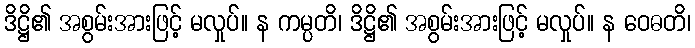
ဒိဋ္ဌိ၏ အစွမ်းအားဖြင့် မလှုပ်။ န ကမ္ပတိ၊ ဒိဋ္ဌိ၏ အစွမ်းအားဖြင့် မလှုပ်။ န ဝေဓတိ၊